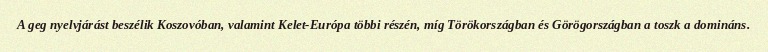
A geg nyelvjárást beszélik Koszovóban, valamint Kelet-Európa többi részén, míg Törökországban és Görögországban a toszk a domináns.